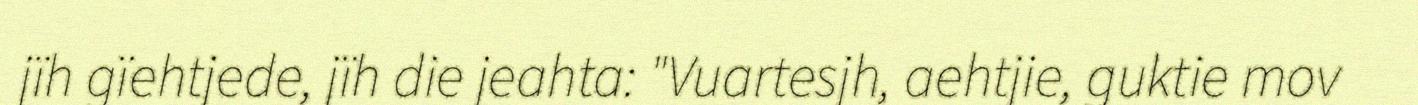
jïh gïehtjede, jïh die jeahta: "Vuartesjh, aehtjie, guktie mov